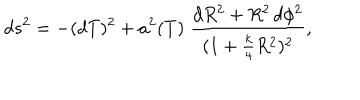
LaTeX: d s ^ { 2 } = - ( d T ) ^ { 2 } + a ^ { 2 } ( T ) \; \frac { d R ^ { 2 } + R ^ { 2 } \, d \phi ^ { 2 } } { ( 1 + \frac { k } { 4 } R ^ { 2 } ) ^ { 2 } } ,